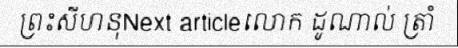
ព្រះសីហនុNext articleលោក ដូណាល់ ត្រាំ